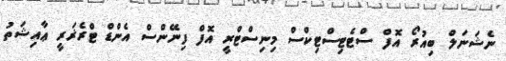
ނެޝަނަލް ބިއުރޯ އޮފް ސްޓެޓިސްޓިކްސް މިނިސްޓްރީ އޮފް ފިނޭންސް އެންޑް ޓްރެޜަރީ ޢާއިޝަތު